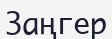
Заңгер